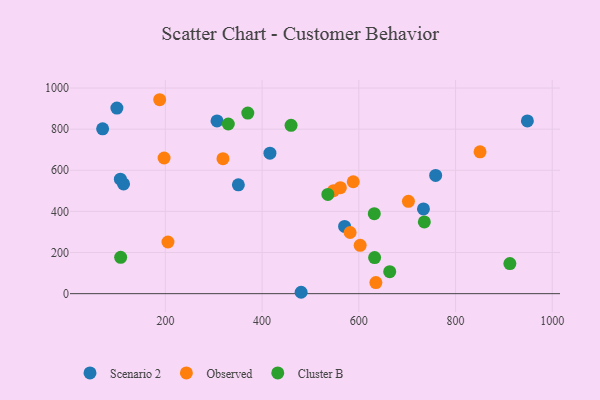
{"axis": {"x": "Ad Spend", "y": "Fuel Efficiency"}, "legend": ["Cluster B", "Observed", "Scenario 2"], "data": [{"x": "416.2", "y": 683.0, "type": "Scenario 2"}, {"x": "948.6", "y": 839.9, "type": "Scenario 2"}, {"x": "306.8", "y": 840.1, "type": "Scenario 2"}, {"x": "113.5", "y": 533.7, "type": "Scenario 2"}, {"x": "106.9", "y": 556.7, "type": "Scenario 2"}, {"x": "350.9", "y": 529.2, "type": "Scenario 2"}, {"x": "570.6", "y": 326.8, "type": "Scenario 2"}, {"x": "733.7", "y": 412.2, "type": "Scenario 2"}, {"x": "758.9", "y": 575.1, "type": "Scenario 2"}, {"x": "70.2", "y": 801.5, "type": "Scenario 2"}, {"x": "99.7", "y": 902.4, "type": "Scenario 2"}, {"x": "480.7", "y": 6.8, "type": "Scenario 2"}, {"x": "205.3", "y": 251.3, "type": "Observed"}, {"x": "319.1", "y": 656.5, "type": "Observed"}, {"x": "582.0", "y": 297.5, "type": "Observed"}, {"x": "602.8", "y": 235.0, "type": "Observed"}, {"x": "588.5", "y": 544.2, "type": "Observed"}, {"x": "561.8", "y": 515.2, "type": "Observed"}, {"x": "547.7", "y": 500.9, "type": "Observed"}, {"x": "197.3", "y": 659.7, "type": "Observed"}, {"x": "188.2", "y": 943.1, "type": "Observed"}, {"x": "702.6", "y": 448.9, "type": "Observed"}, {"x": "850.7", "y": 689.7, "type": "Observed"}, {"x": "635.3", "y": 53.9, "type": "Observed"}, {"x": "912.4", "y": 146.3, "type": "Cluster B"}, {"x": "330.1", "y": 825.1, "type": "Cluster B"}, {"x": "107.5", "y": 176.6, "type": "Cluster B"}, {"x": "632.7", "y": 175.7, "type": "Cluster B"}, {"x": "632.0", "y": 389.0, "type": "Cluster B"}, {"x": "459.9", "y": 818.4, "type": "Cluster B"}, {"x": "663.9", "y": 107.1, "type": "Cluster B"}, {"x": "735.5", "y": 348.9, "type": "Cluster B"}, {"x": "536.0", "y": 482.7, "type": "Cluster B"}, {"x": "370.4", "y": 878.1, "type": "Cluster B"}]}